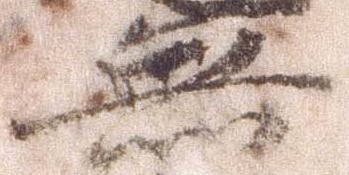
無